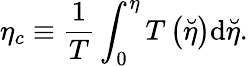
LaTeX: \eta_{c}\equiv\frac{1}{T}\int_{0}^{\eta}T\left(\breve{\eta}\right)\mathrm{d}\breve{\eta}.